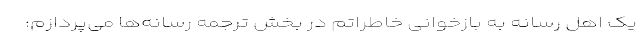
یک اهل رسانه به بازخوانی خاطراتم در بخش ترجمه رسانه‌ها می‌پردازم: